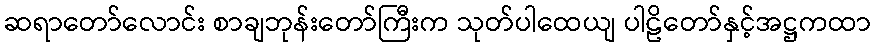
ဆရာတော်လောင်း စာချဘုန်းတော်ကြီးက သုတ်ပါထေယျ ပါဠိတော်နှင့်အဋ္ဌကထာ